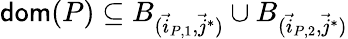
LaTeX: \mathsf{dom}(P)\subseteq B_{(\vec{i}_{P,1},\vec{j}^{*})}\cup B_{(\vec{i}_{P,2},\vec{j}^{*})}